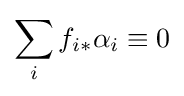
\sum _{i}f_{i*}\alpha _{i}\equiv 0